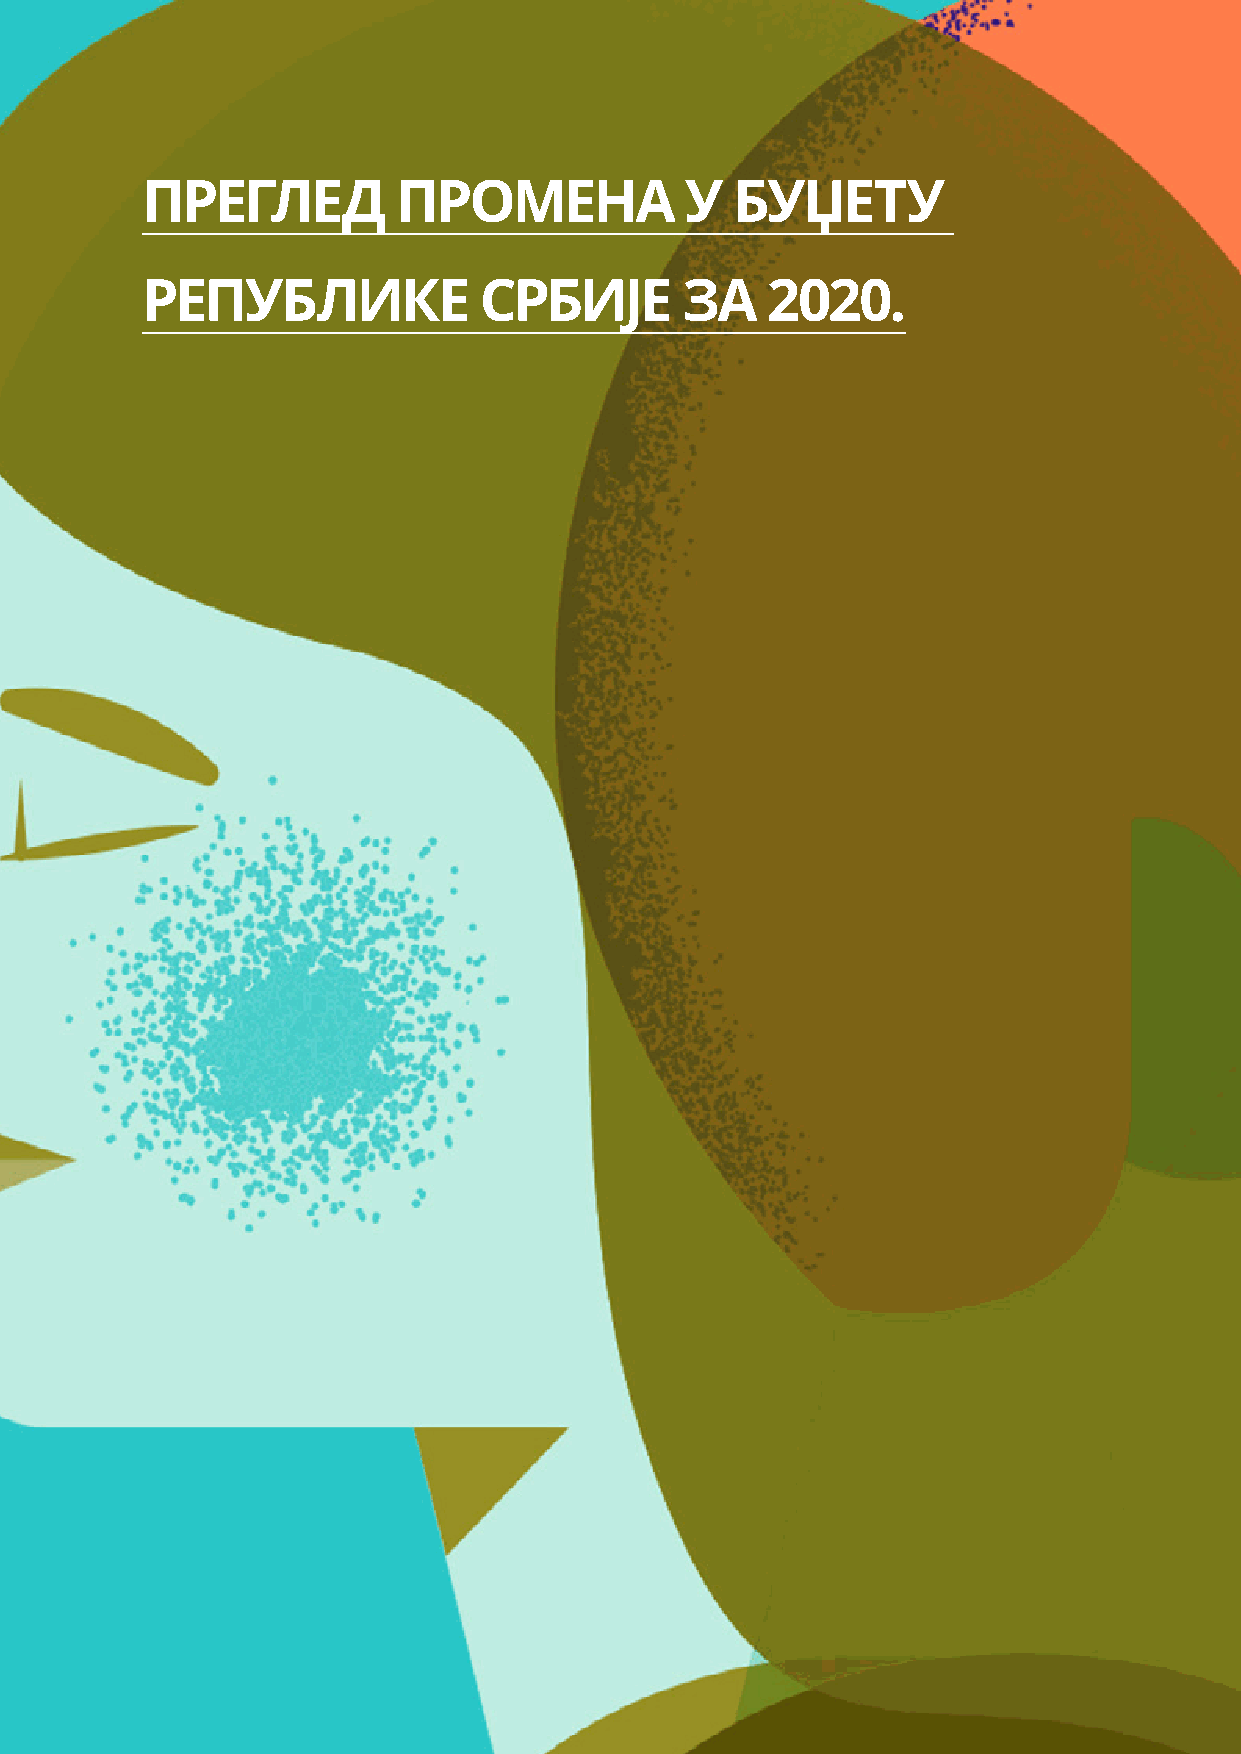
ПРЕГЛЕД          ПРОМЕНА            У  БУЏЕТУ
 РЕПУБЛИКЕ              СРБИЈЕ       ЗА    2020.